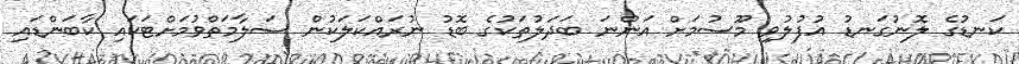
ކަނޑުގެ ލޮނުގަނޑު އުފުލުވި މޫސުމަށް އަންނަ ބަދަލުތަކުގެ ބޮޑު ނުރައްކަލަކުން ސަލާމަތްވުމަށްޓަކައި ކާބަންޑައި